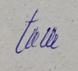
Signature authenticity: genuine